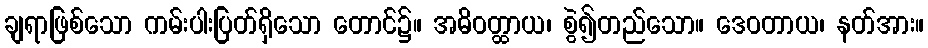
ချရာဖြစ်သော ကမ်းပါးပြတ်ရှိသော တောင်၌။ အဓိဝတ္ထာယ၊ စွဲ၍တည်သော။ ဒေဝတာယ၊ နတ်အား။